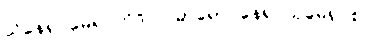
သိနေရု မေရု တိဒိဝါ၊ ဓာရော နေရု သုမေရု စ။